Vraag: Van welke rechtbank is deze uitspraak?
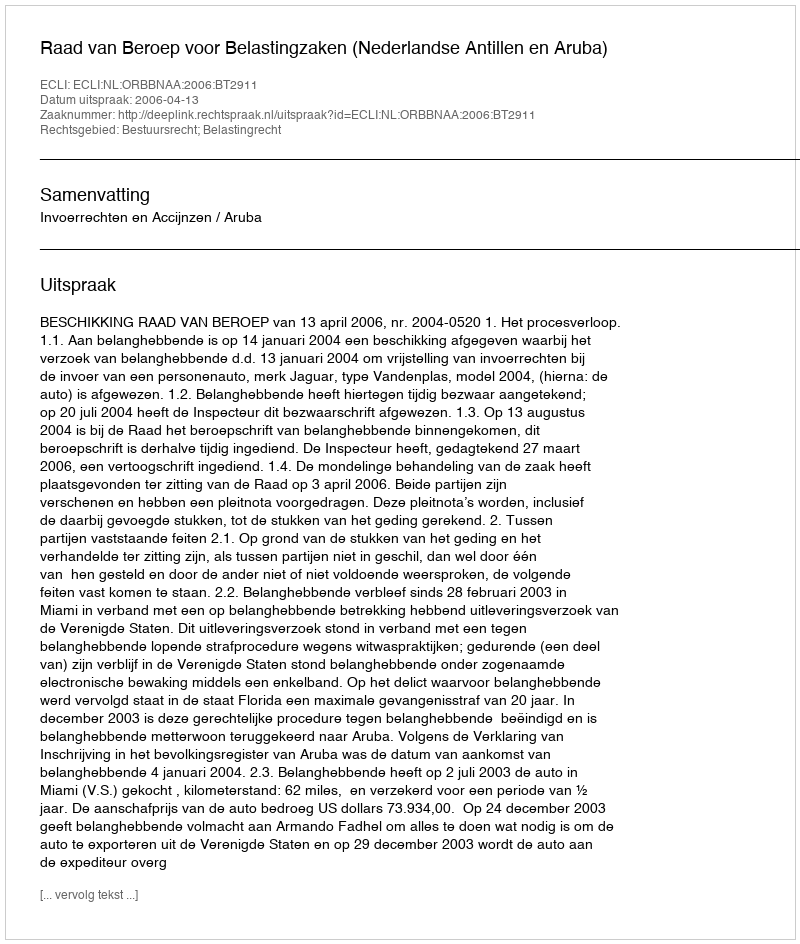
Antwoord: Raad van Beroep voor Belastingzaken (Nederlandse Antillen en Aruba)